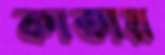
কাতায়